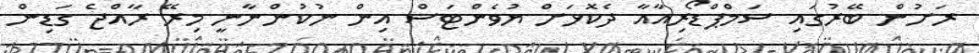
ރަށުން ބޭރުގައި ސަމްޕްޑޯރިއާއާ ދެކޮޅަށް ޔުވެންޓަސް އިން ނުކުންނާނީ މިރޭ ރާއްޖެ ގަޑިން